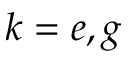
k = e , g